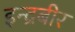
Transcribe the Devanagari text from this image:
इन्द्रबीर